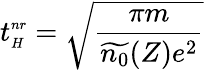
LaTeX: t_{{\scriptscriptstyle H}}^{{\scriptscriptstyle nr}}=\sqrt{\frac{\pi m}{\widetilde{n_{0}}(Z)e^{2}}}